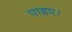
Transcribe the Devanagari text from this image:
पाइए।